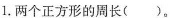
1.两个正方形的周长（）